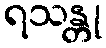
ရသန္တု